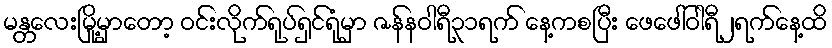
မန္တလေးမြို့မှာတော့ ဝင်းလိုက်ရုပ်ရှင်ရုံမှာ ဇန်နဝါရီ၃၁ရက် နေ့ကစပြီး ဖေဖေါ်ဝါရီ၂ရက်နေ့ထိ